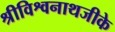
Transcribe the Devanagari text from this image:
श्रीविश्वनाथजीके